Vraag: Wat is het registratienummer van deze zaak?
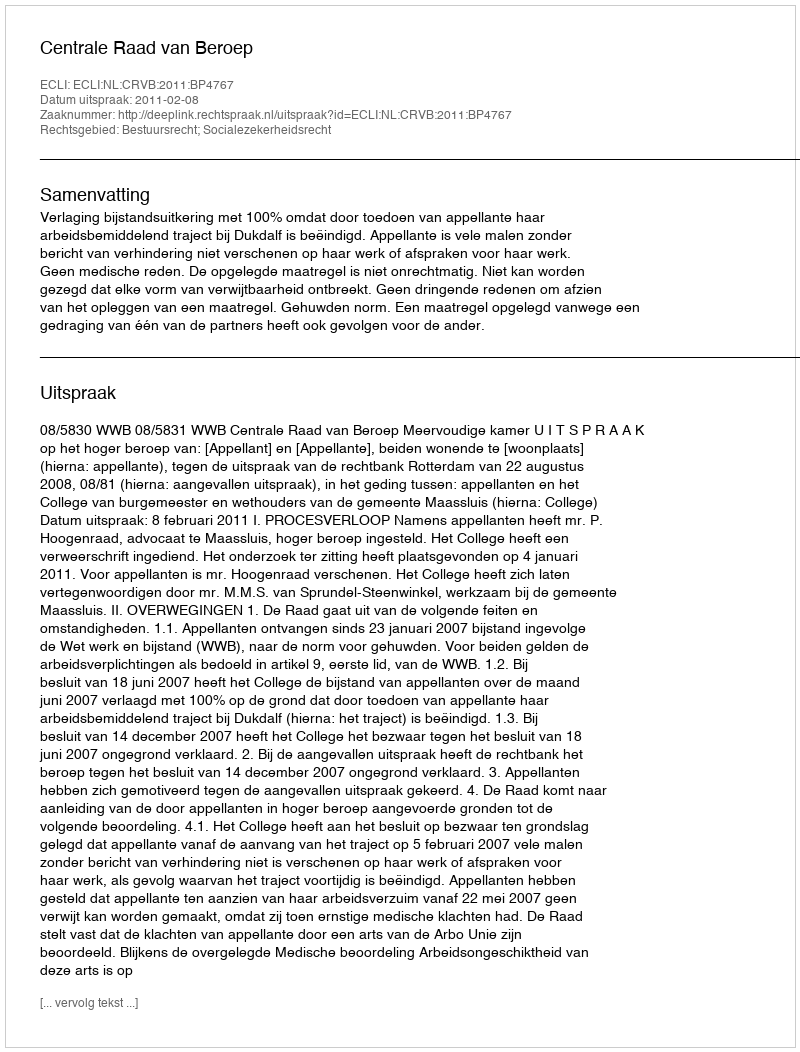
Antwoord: http://deeplink.rechtspraak.nl/uitspraak?id=ECLI:NL:CRVB:2011:BP4767